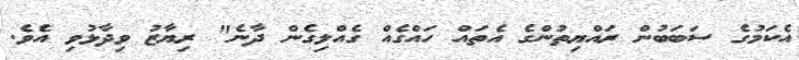
އެކަމުގެ ސަބަބުން ރައްޔިތުންގެ އެތައް ހައްގެއް ގެއްލިގެން ދާނެ" ރިޔާޒު ވިދާޅުވި އެވެ.